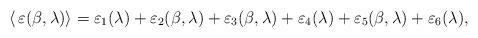
LaTeX: \begin{align*}\langle\,\varepsilon(\beta,\lambda)\rangle=\varepsilon_{1}(\lambda)+\varepsilon_{2}(\beta,\lambda)+\varepsilon_{3}(\beta,\lambda)+\varepsilon_{4}(\lambda)+\varepsilon_{5}(\beta,\lambda)+\varepsilon_{6}(\lambda),\end{align*}